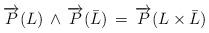
LaTeX: \begin{align*}\overrightarrow{P}(L)\,\wedge\,\overrightarrow{P}( \bar L)\,=\,\overrightarrow{P}(L\times \bar L)\end{align*}